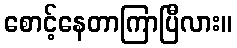
စောင့်နေတာကြာပြီလား။